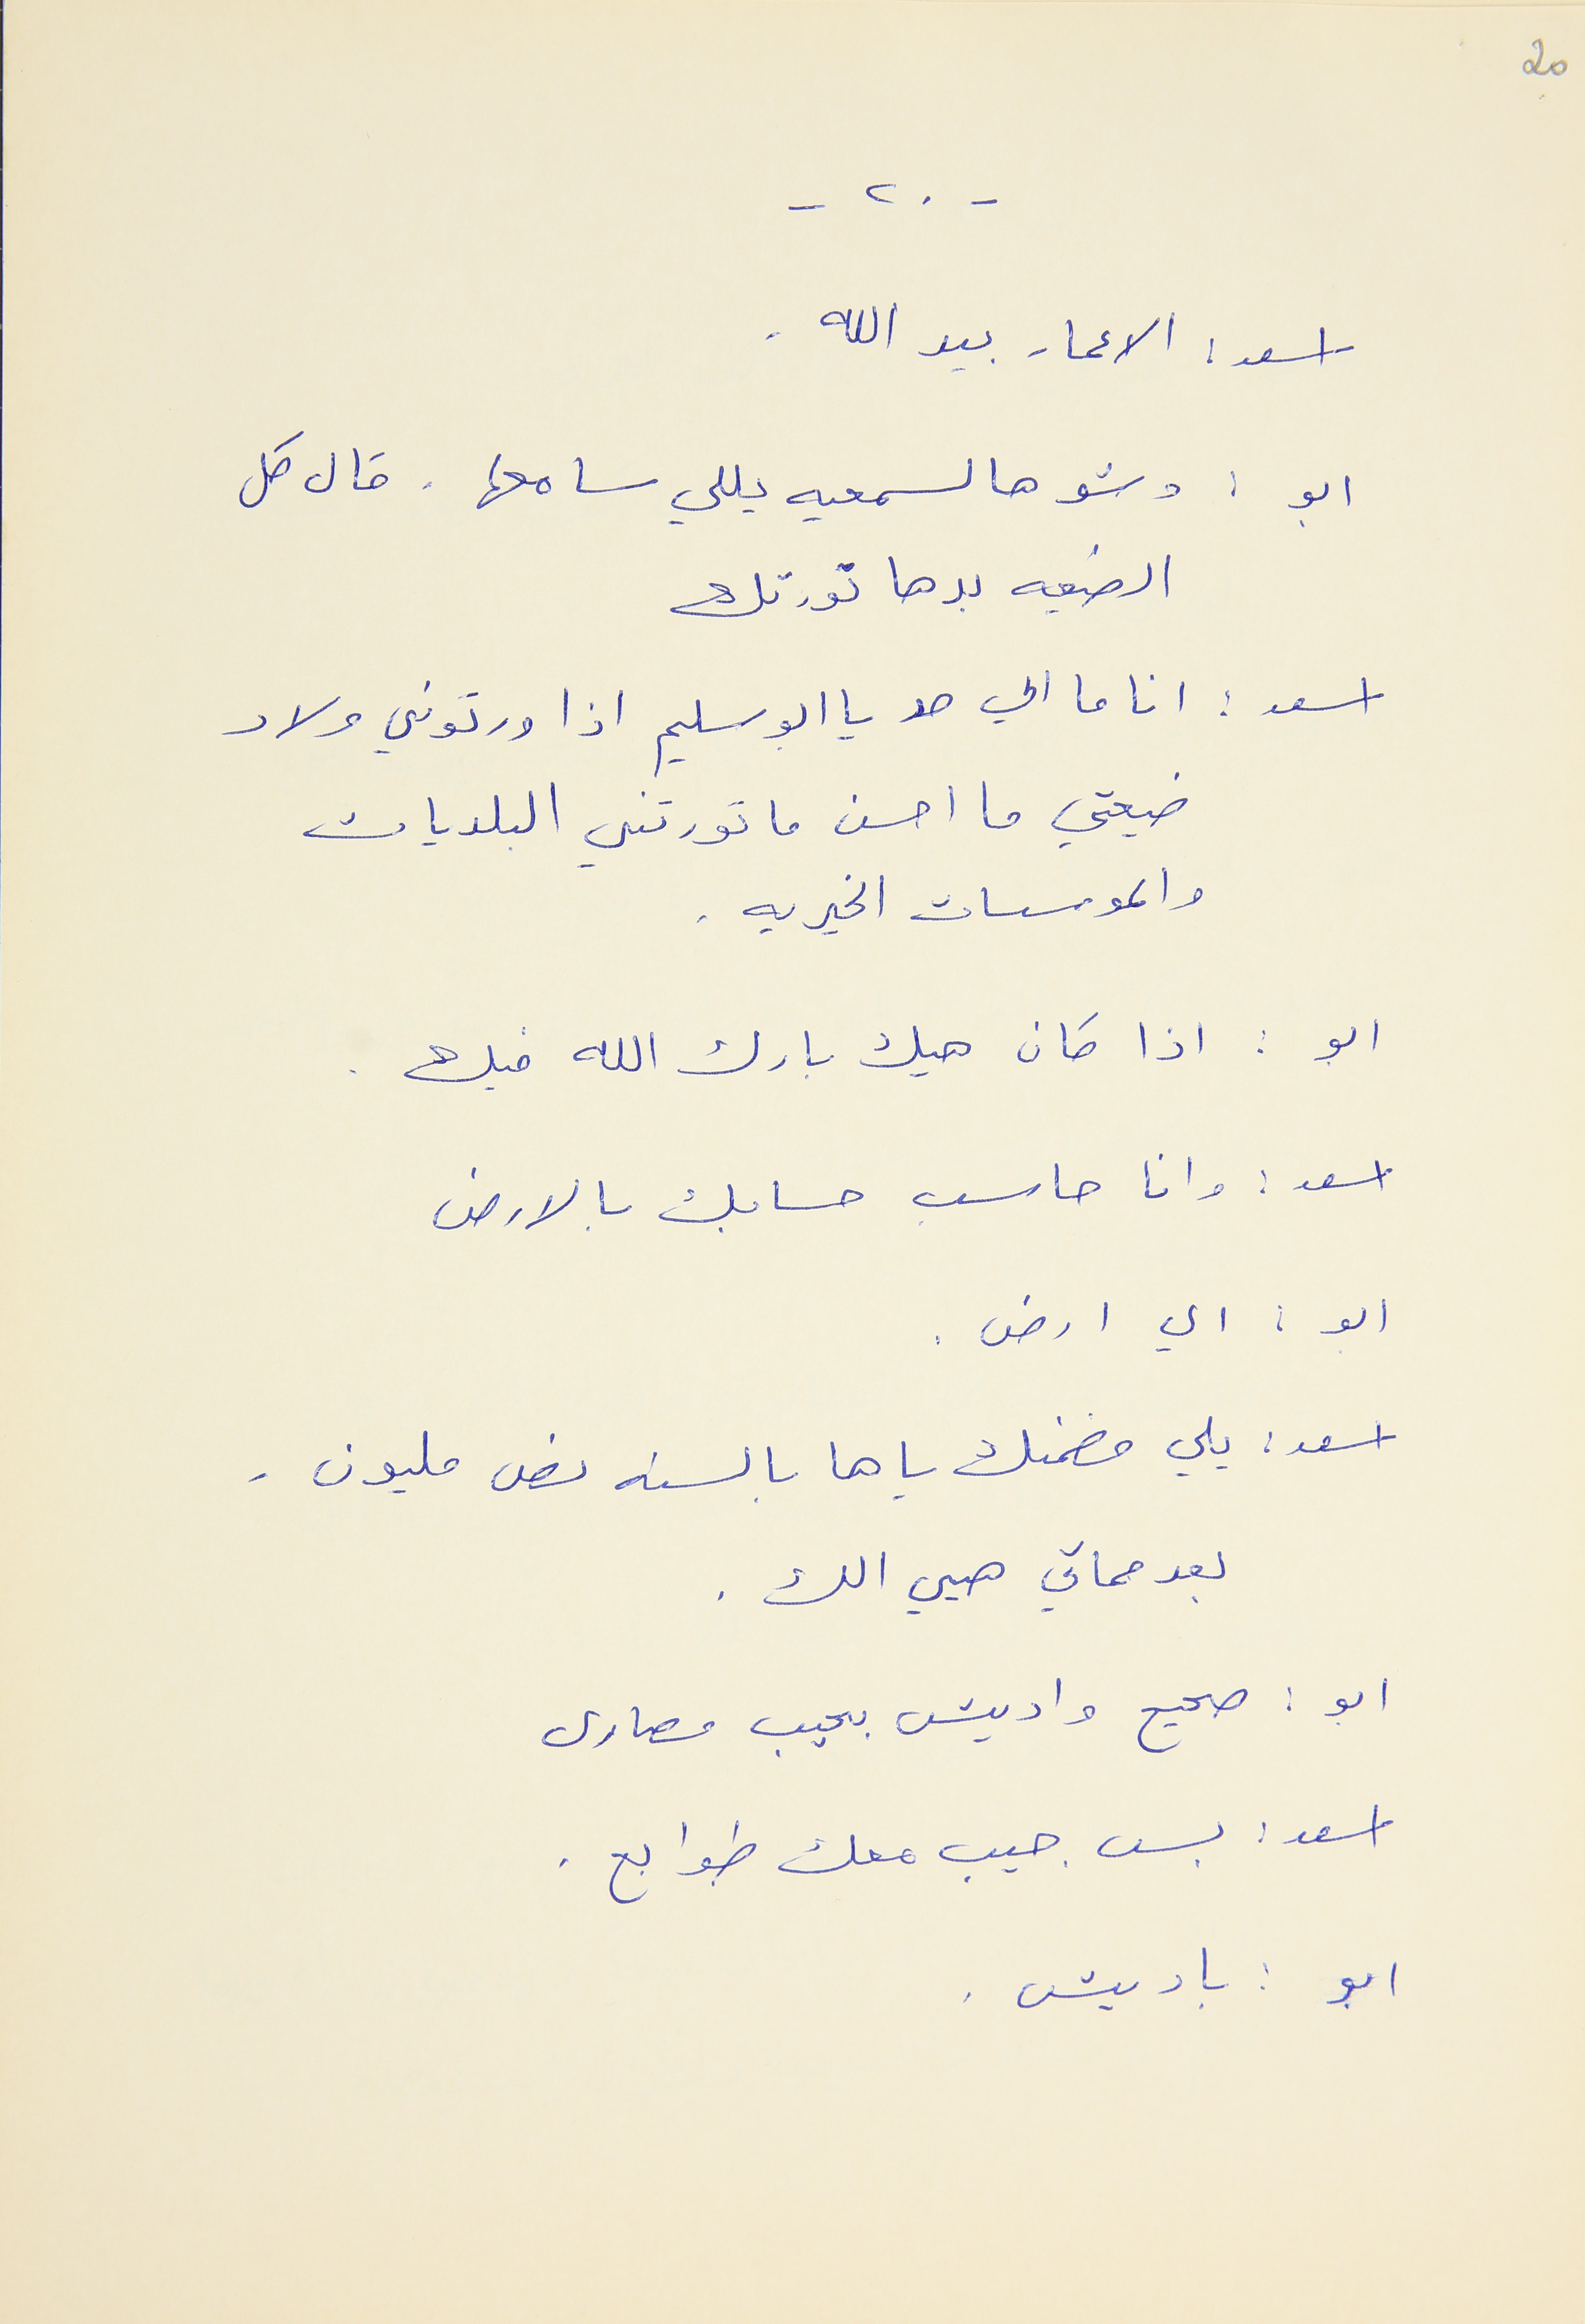
20
- ٢٠ -
اسعد : الاعمار بيد الله .
ابو : وشو هالسمعيه يللي سامعها . قال كل
الضيعه بدها تورتك
اسعد : انا ما الي حد يا ابو سليم اذا ورتوني ولاد
ضيعتي ما احسن ما تورتني البلديات
والموسسات الخيريه .
ابو : اذا كان هيك بارك الله فيك .
اسعد : وانا حاسب حسابك بالارض
ابو : اي ارض .
اسعد : يلي مضمنك ياها بالسنه نص مليون .
بعد مماتي هيي الك .
ابو :صحيح واديش بجيب مصارى
اسعد : بس جيب معك طوابع .
ابو : باديش .